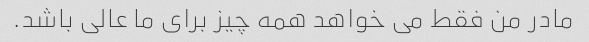
مادر من فقط می خواهد همه چیز برای ما عالی باشد.